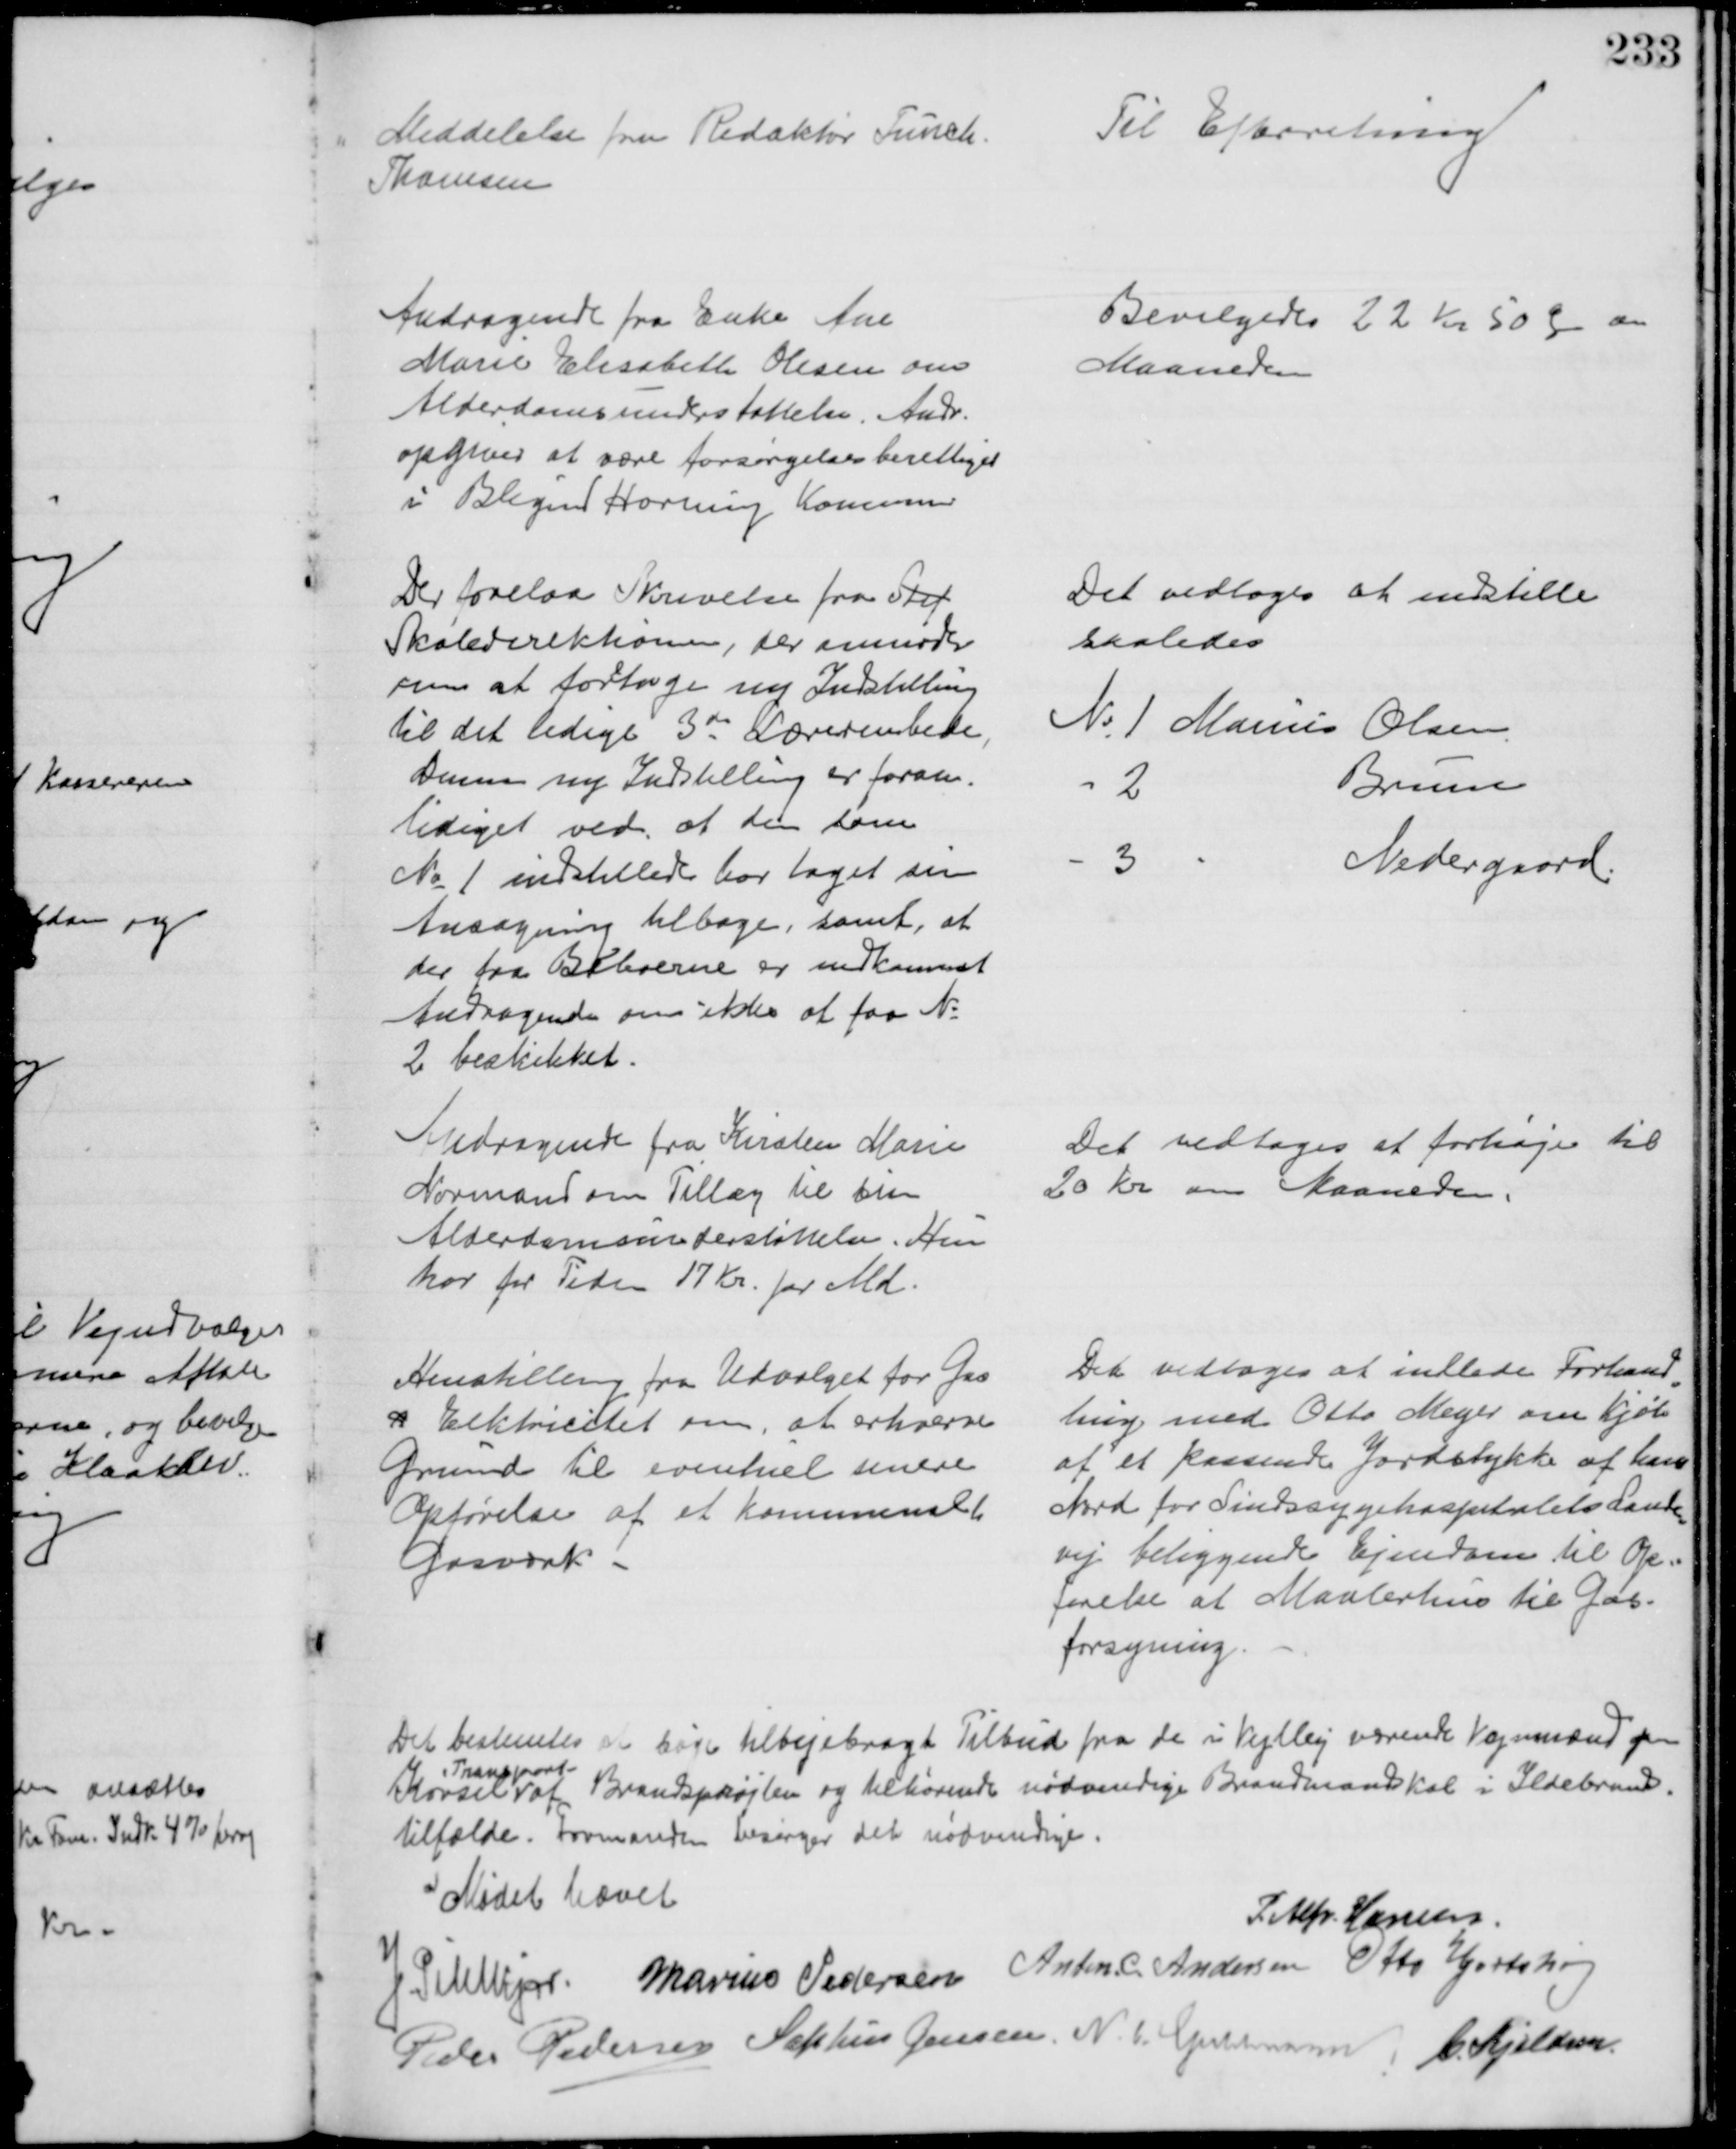
Transskription:
Meddelelse fra Redaktør Funch-
Thomsen
Til Efterretning
Andragende fra Enke Ane
Marie Elisabeth Olesen om
Alderdomsunderstøttelse. Andr.
opgives at være forsørgelsesberettiget
i Blegind Hørning Komune
Bevilgedes 22 Kr 50 Ø om
Maaneden
Der forelaa Skrivelse fra Stif
Skoledirektionen, der anmoder
om at foretage ny Indstilling
til det ledige 3die Lærerembede,
Denne ny Indstilling er foran=
lediget ved, at den som
№ 1 indstillede har taget sin
Ansøgning tilbage, samt, at
der fra Beboerne er indkommet
Andragende om ikke at faa №
2 bestikket.
Det vedtoges at indstille
saaledes
№ 1 Marius Olsen
2
Bruun
3
Nedergaard.
Andragende fra Kirsten Marie
Normand om Tillæg til sin
Alderdomsunderstøttelse. Hun
har for Tiden 17 Kr. pr Md.
Det vedtoges at forhøje til
20 Kr om Maaneden.
Henstilling fra Udvalget for Gas
& Elektricitet om, at erhverve
Grund til eventuel senere
Opførelse af et Kommunalt
Gasværk
Det vedtoges at indlede Forhand
=
ling med Otto Meyer om Kjøb
af et passende Jordstykke af ham
Nord for Sindssygehospitalets Lande
=
vej beliggende Ejendom til Op=
førelse af Maalerhus til Gas-
forsyning.
Det bestemtes et søge tilvejebragt Tilbud fra de i Vejlby værende Vognmænd paa
Kørsel 
Transport
af Brandsprøjten og tilhørende nødvendige Brandmandskab i Ildebrands-
tilfælde. Formanden besørger det nødvendige.
Mødet hævet
P. Alf. Hansen.
J Pihlkjær Marius Pedersen Anton. C. Andersen Otto Hjortshøj
Peder Pedersen Sophus Jensen. N. C. Guldmann. C. Kjeldsen